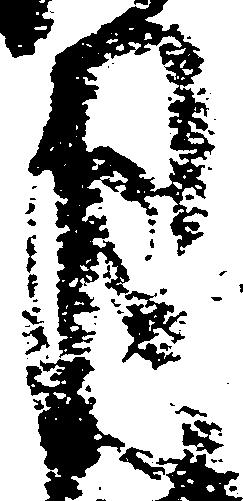
月